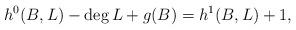
LaTeX: \begin{align*}h^0(B,L)-\deg L+g(B)=h^1(B,L)+1,\end{align*}